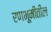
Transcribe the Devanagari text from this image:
रणभूमीतील